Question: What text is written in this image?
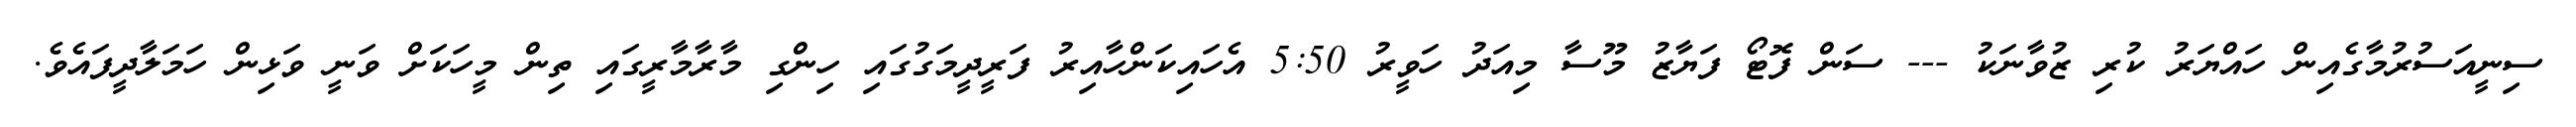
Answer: ސިނީއަސުރުމާގެއިން ހައްޔަރު ކުރި ޒުވާނަކު --- ސަން ފޮޓޯ ފަޔާޒު މޫސާ މިއަދު ހަވީރު 5:50 އެހައިކަންހާއިރު ފަރީދީމަގުގައި ހިންގި މާރާމާރީގައި ތިން މީހަކަށް ވަނީ ވަޅިން ހަމަލާދީފައެވެ.